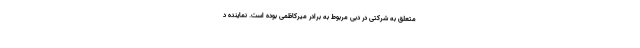
متعلق به شرکتی در دبی مربوط به برادر میرکاظمی بوده است. نماینده د